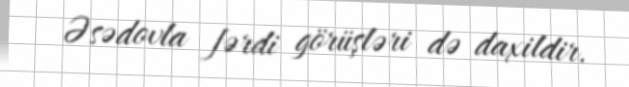
Əsədovla fərdi görüşləri də daxildir.